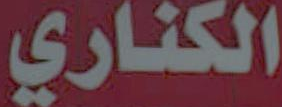
الكناري